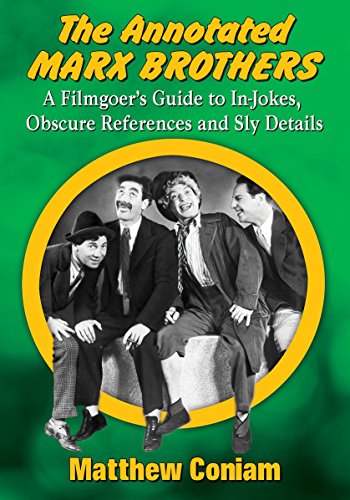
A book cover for The Annotated Marx Brothers: A Filmgoer's Guide to In-Jokes, Obscure References and Sly Details; Matthew Coniam; Humor & Entertainment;